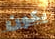
يكون